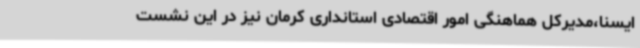
ایسنا،مدیرکل هماهنگی امور اقتصادی استانداری کرمان نیز در این نشست